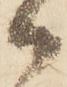
御